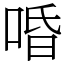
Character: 㖧